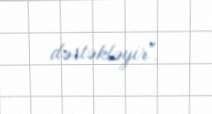
dəstəkləyir".